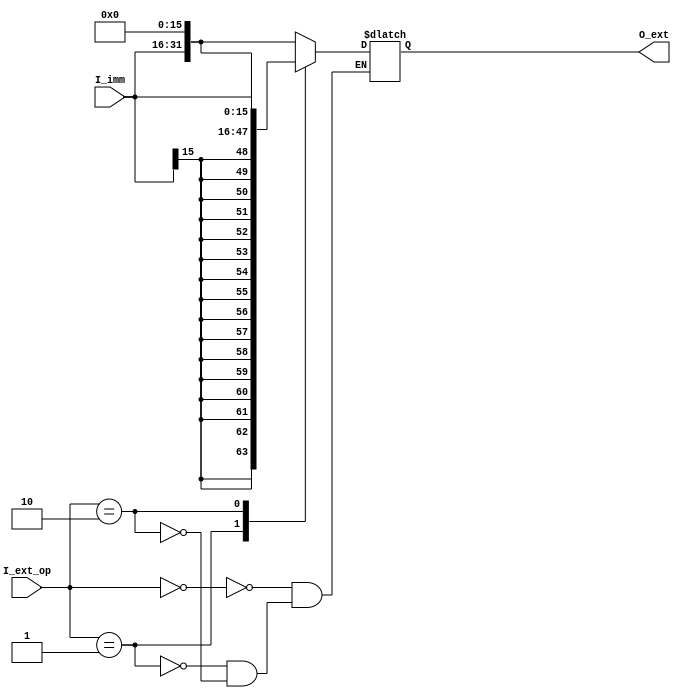
`timescale 1ns / 1ps
//////////////////////////////////////////////////////////////////////////////////
// Company:
// Engineer:
//
// Design Name:
// Module Name: extend
// Project Name:
// Target Devices:
// Tool Versions:
// Description:
//
// Dependencies:
//
// Revision:
// Revision 0.01 - File Created
// Additional Comments:
//
//////////////////////////////////////////////////////////////////////////////////


module extend(
           input [15:0] I_imm,
           input [1:0] I_ext_op,

           output reg[31:0] O_ext
       );

always @(*) begin
    case(I_ext_op)
        2'b00:
            O_ext<={I_imm,16'b0};
        2'b01:
            O_ext<={{16{I_imm[15]}},I_imm};
        2'b10:
            O_ext<={16'b0,I_imm};
    endcase
end
endmodule